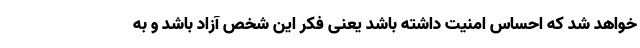
خواهد شد که احساس امنیت داشته باشد یعنی فکر این شخص آزاد باشد و به